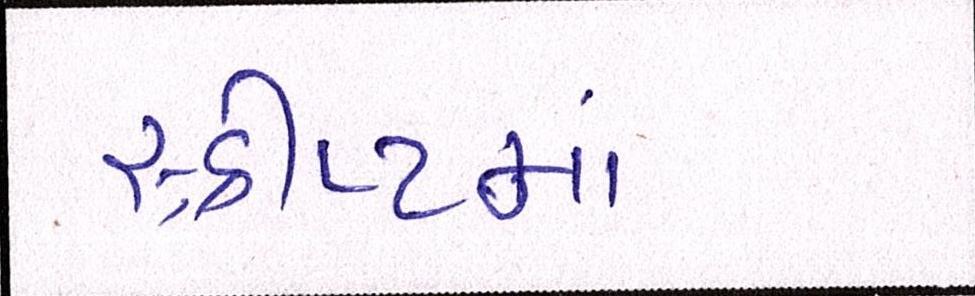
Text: સ્ક્રીપ્ટમાં